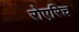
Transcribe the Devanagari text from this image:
रोएरिच